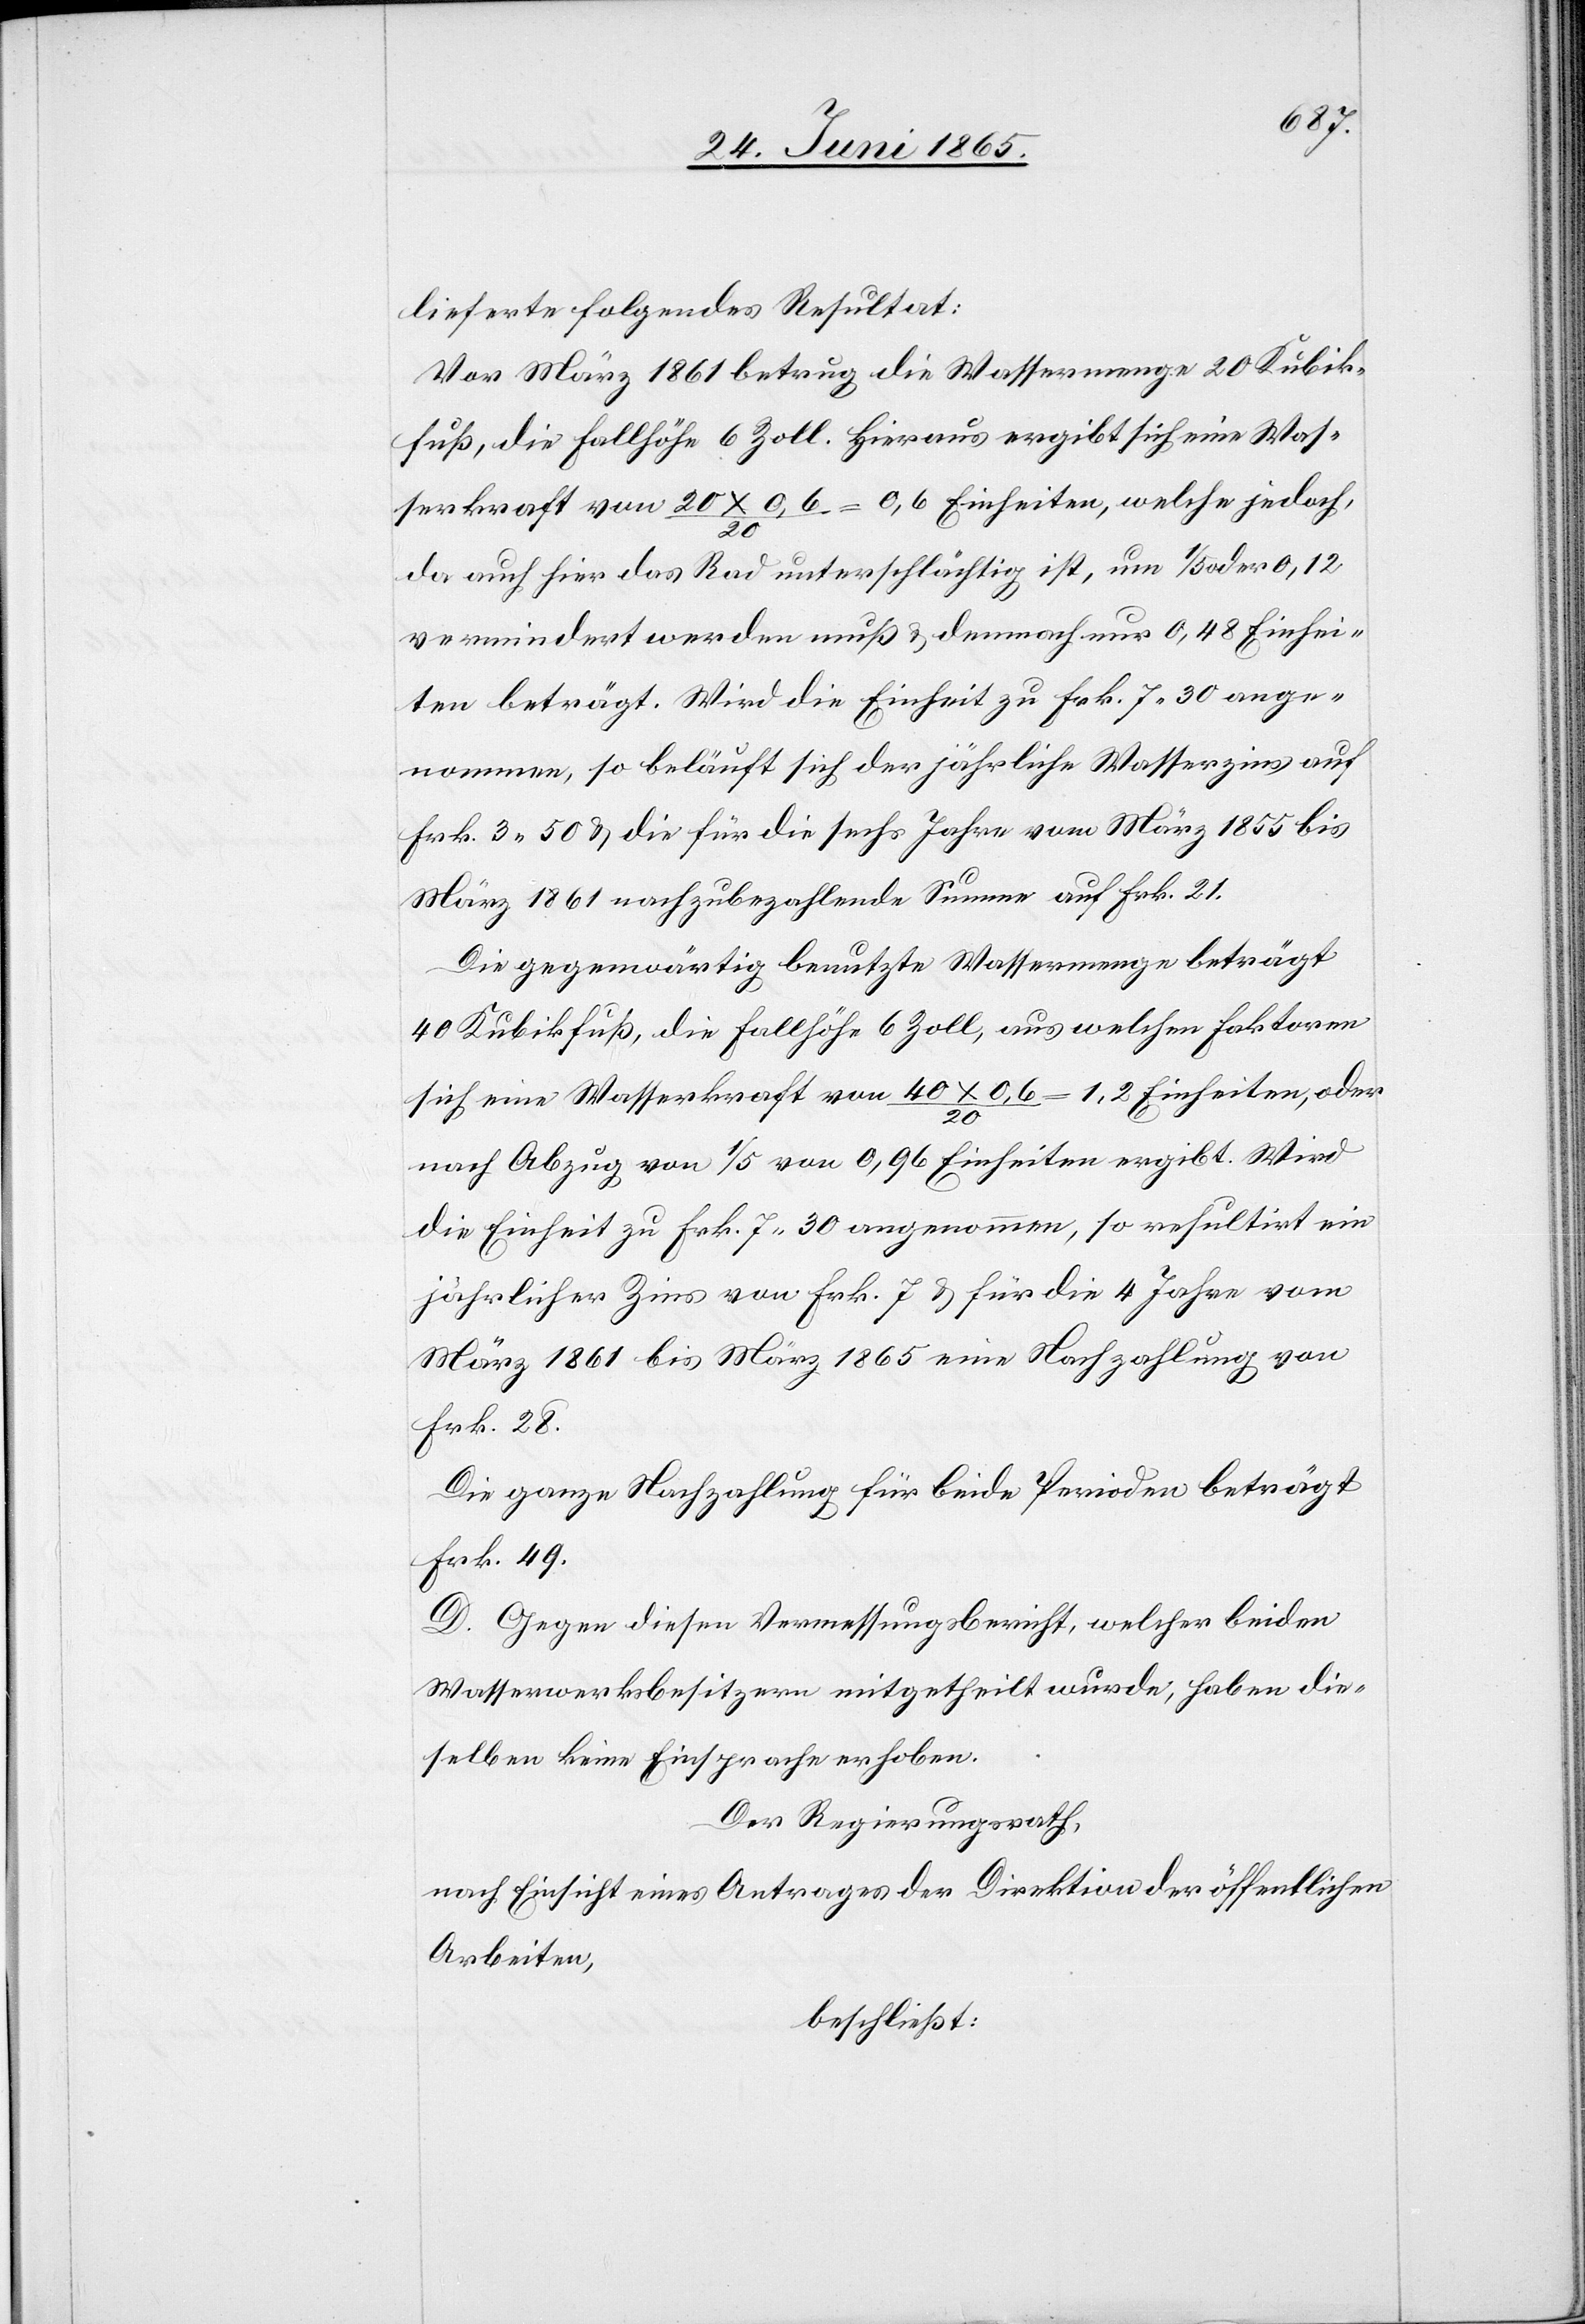
lieferte folgendes Resultat:
Vor März 1861 betrug die Wassermenge 20 Kubik¬
fuß, die Fallhöhe 6 Zoll. Hieraus ergibt sich eine Was¬
serkraft von 20 x 0,6/20 = 0,6 Einheiten, welche jedoch,
da auch hier das Rad unterschlächtig ist, um 1/5 oder 0,12
vermindert werden muß & demnach nur 0,48 Einhei¬
ten beträgt. Wird die Einheit zu Frk. 7.30 ange¬
nommen, so beläuft sich der jährliche Wasserzins auf
Frk. 3.50 & die für die sechs Jahre vom März 1855 bis
März 1861 nachzubezahlende Summe auf Frk. 21.
Die gegenwärtig benutzte Wassermenge beträgt
40 Kubikfuß, die Fallhöhe 6 Zoll, aus welchen Faktoren
sich eine Wasserkraft von 40 x 0,6/20 = 1,2 Einheiten, oder
nach Abzug 1/5 von 0,96 Einheiten ergibt. Wird
die Einheit zu Frk. 7.30 angenommen, so resultirt ein
jährlicher Zins von Frk. 7 & für die 4 Jahre vom
März 1861 bis März 1865 eine Nachzahlung von
Frk. 28.
Die ganze Nachzahlung für beide Perioden beträgt
Frk. 49.
D. Gegen diesen Vermessungsbericht, welcher beiden
Wasserwerksbesitzern mitgetheilt wurde, haben die¬
selben keine Einsprache erhoben.
Der Regierungsrath,
nach Einsicht eines Antrages der Direktion der öffentlichen
Arbeiten,
beschließt: